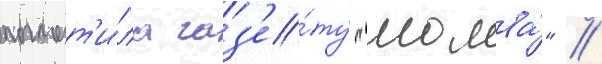
поглот'и́ла газ'е́ту "молва́" //